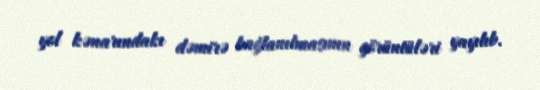
yol kənarındakı dəmirə bağlanılmasının görüntüləri yayılıb.